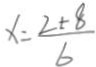
x = \frac { 2 \pm 8 } { 6 }